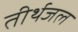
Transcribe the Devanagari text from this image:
तीर्थजल